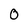
Character: 0